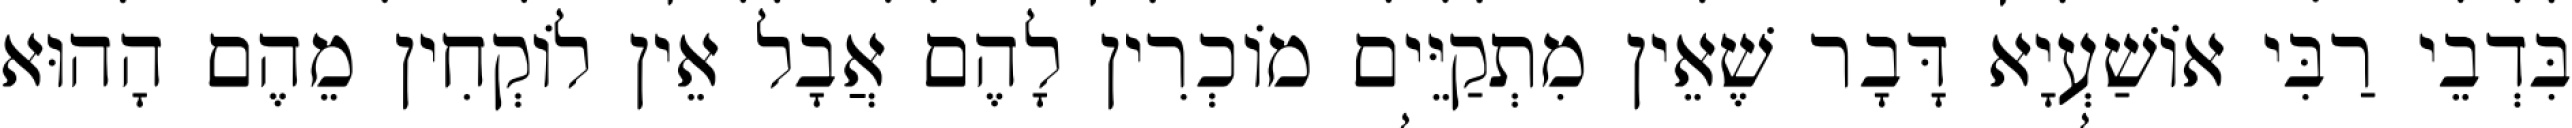
בִּדְבֵי רַבִּי אוֹשַׁעְיָא דָּבָר שֶׁאֵין מִתְקַיֵּים מוֹכְרִין לָהֶם אֲבָל אֵין לוֹקְחִין מֵהֶם הָהוּא